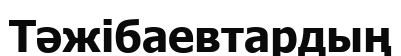
Тәжібаевтардың